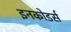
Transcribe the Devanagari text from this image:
इनकोडर्स